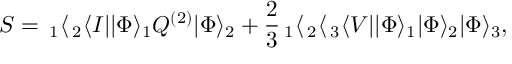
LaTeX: S = \, _ { 1 } \langle \, _ { 2 } \langle I | | \Phi \rangle _ { 1 } Q ^ { ( 2 ) } | \Phi \rangle _ { 2 } + \frac { 2 } { 3 } \, _ { 1 } \langle \, _ { 2 } \langle \, _ { 3 } \langle V | | \Phi \rangle _ { 1 } | \Phi \rangle _ { 2 } | \Phi \rangle _ { 3 } ,